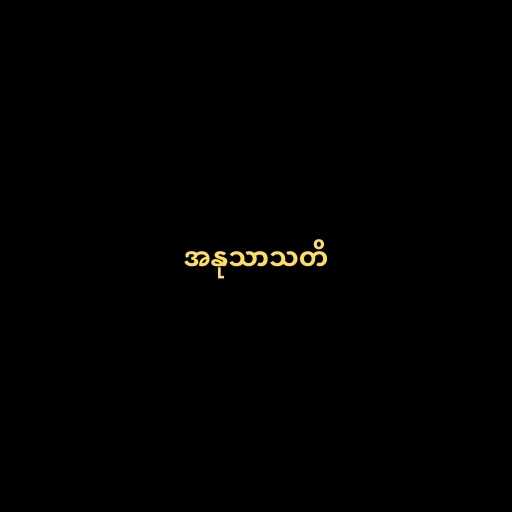
အနုသာသတိ